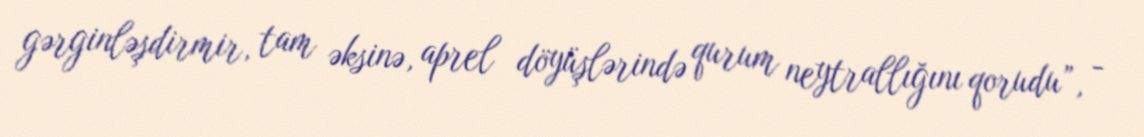
gərginləşdirmir, tam əksinə, aprel döyüşlərində qurum neytrallığını qorudu”, -